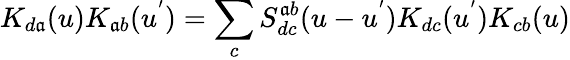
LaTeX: K_{d\mathfrak{a}}(u)K_{\mathfrak{a}b}(u^{'})=\sum_{c}S_{dc}^{\mathfrak{a}b}(u-u^{'})K_{dc}(u^{'})K_{cb}(u)